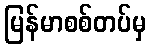
မြန်မာစစ်တပ်မှ